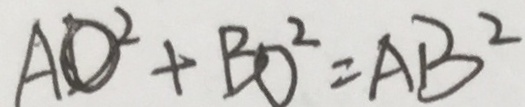
A D ^ { 2 } + B O ^ { 2 } = A B ^ { 2 }